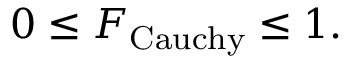
0 \leq { \cal F } _ { \mathrm { C a u c h y } } \leq 1 .